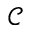
\mathcal { C }